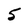
Character: 5